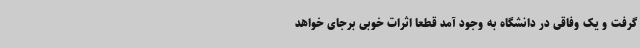
گرفت و یک وفاقی در دانشگاه به وجود آمد قطعا اثرات خوبی برجای خواهد